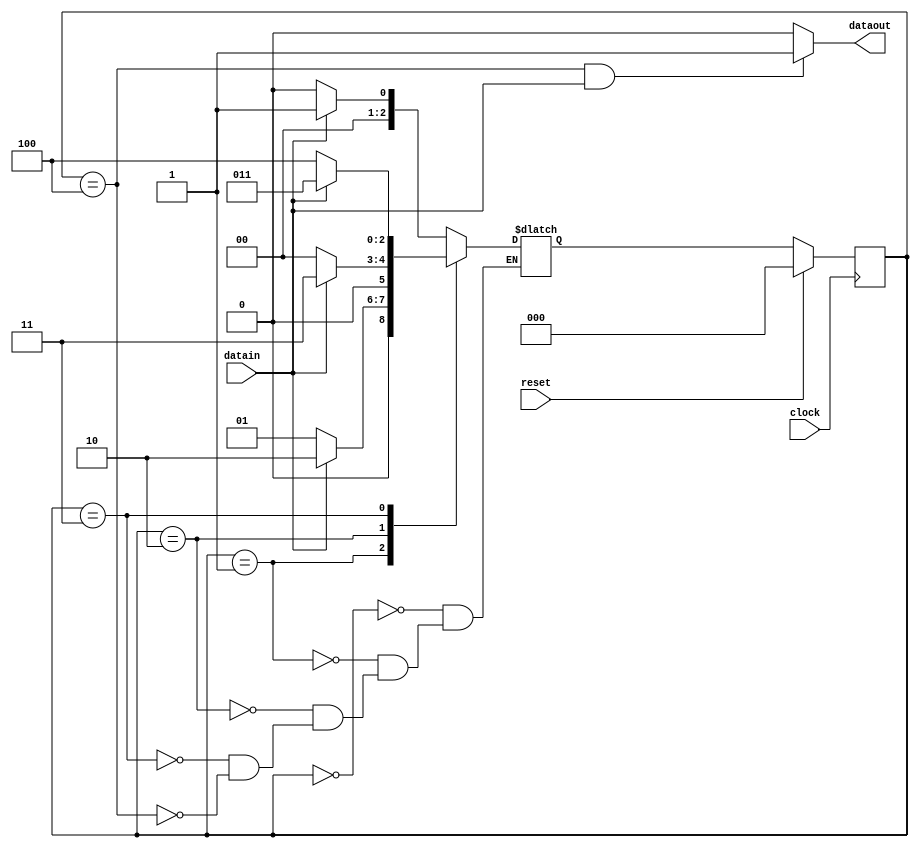
// Identifies the sequence 11101
// includes a overlap bit sequence as well
module jfsmMealyWithOverlap(dataout, clock, reset, datain);
  output reg dataout;
  input clock, reset, datain;
  
  reg[2:0] cs, ns;
  
  parameter a = 3'b000;
  parameter b = 3'b001;
  parameter c = 3'b010;
  parameter d = 3'b011;
  parameter e = 3'b100;
  parameter f = 3'b101;
  
  always @(posedge clock)
  begin
    if(reset)
      cs <= a;
    else
      cs <= ns;
  end

  always @(cs, datain)
  begin
    case(cs)
    a:
      begin
        if(datain)
          ns <= b;
        else
          ns <= a;
      end
    b:
      begin
        if(datain)
          ns <= c;
        else
          ns <= b;
      end
    c:
      begin
        if(datain)
          ns <= d;
        else
          ns <= a;
      end
    d:
      begin
        if(datain)
          ns <= d;
        else
          ns <= e;
      end
    e:
      begin
        if(datain)
          ns <= b; // This has to be ns <= a; if we have to consider with overlap
        else
          ns <= a;
      end
    endcase      
  end
  
  // This will assign the correct status to the dataout bit
  always @(cs, datain)
  begin
    if ( cs == e && datain == 1 )
      dataout <= 1;
    else
      dataout <= 0;
  end    
endmodule